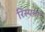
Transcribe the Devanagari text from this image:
रिस्पना